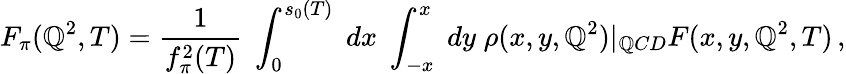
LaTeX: F_{\pi}(\mathbb{Q}^{2},T)=\frac{{1}}{{f_{\pi}^{2}(T)}}\; \int_{0}^{s_{0}(T)}\; dx\; \int_{-x}^{x}\; dy\; \rho(x,y,\mathbb{Q}^{2})|_{\mathbb{Q}CD}F(x,y,\mathbb{Q}^{2},T)\, ,